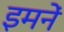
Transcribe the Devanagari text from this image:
इमनें